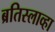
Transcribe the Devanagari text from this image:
ब्रतिस्लाव्हा